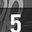
Digit: 5